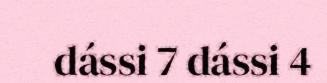
dássi 7 dássi 4